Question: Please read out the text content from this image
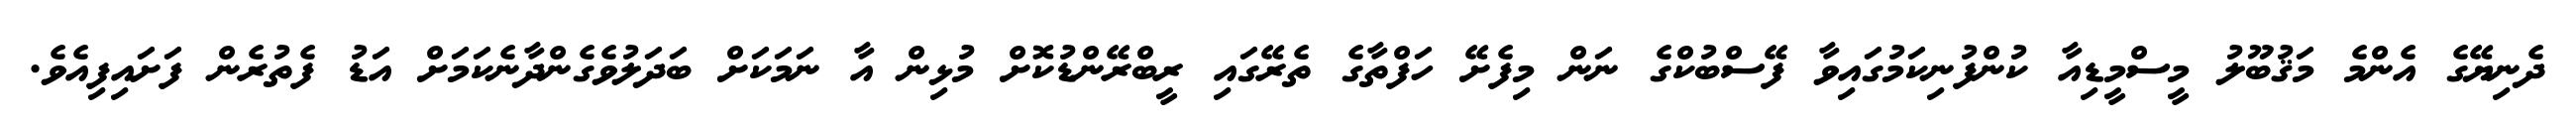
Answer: ދެނިޔޭގެ އެންމެ މަޤުބޫލު މީސްމީޑިއާ ކުންފުނިކަމުގައިވާ ފޭސްބުކްގެ ނަން މިފެށޭ ހަފްތާގެ ތެރޭގައި ރީބްރޭންޑުކޮށް މުޅިން އާ ނަމަކަށް ބަދަލުވެގެންދާނެކަމަށް އަޑު ފެތުރެން ފަށައިފިއެވެ.